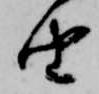
由